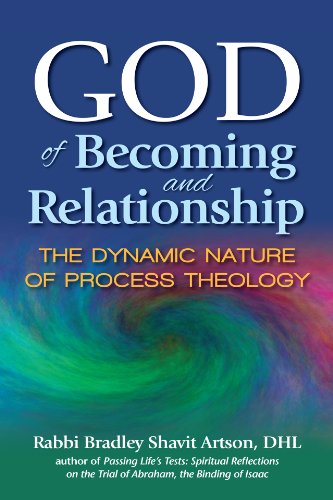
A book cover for God of Becoming and Relationship: The Dynamic Nature of Process Theology; Rabbi Bradley Shavit Artson DHL; Religion & Spirituality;